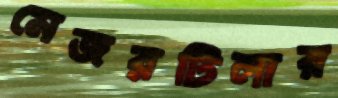
মেজরটিলার